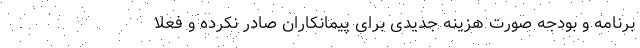
برنامه و بودجه صورت هزینه جدیدی برای پیمانکاران صادر نکرده و فعلاً